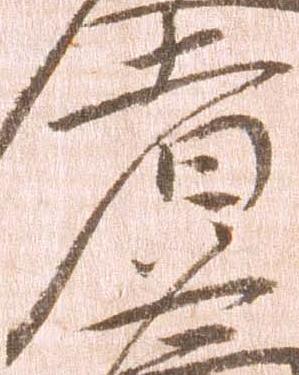
者